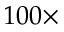
1 0 0 \times